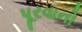
પૂરવાનો